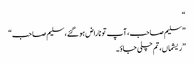
“
”سلیم صاحب، آپ تو ناراض ہو گئے، سلیم صاحب“
”ریشماں، تم چلی جاؤ۔